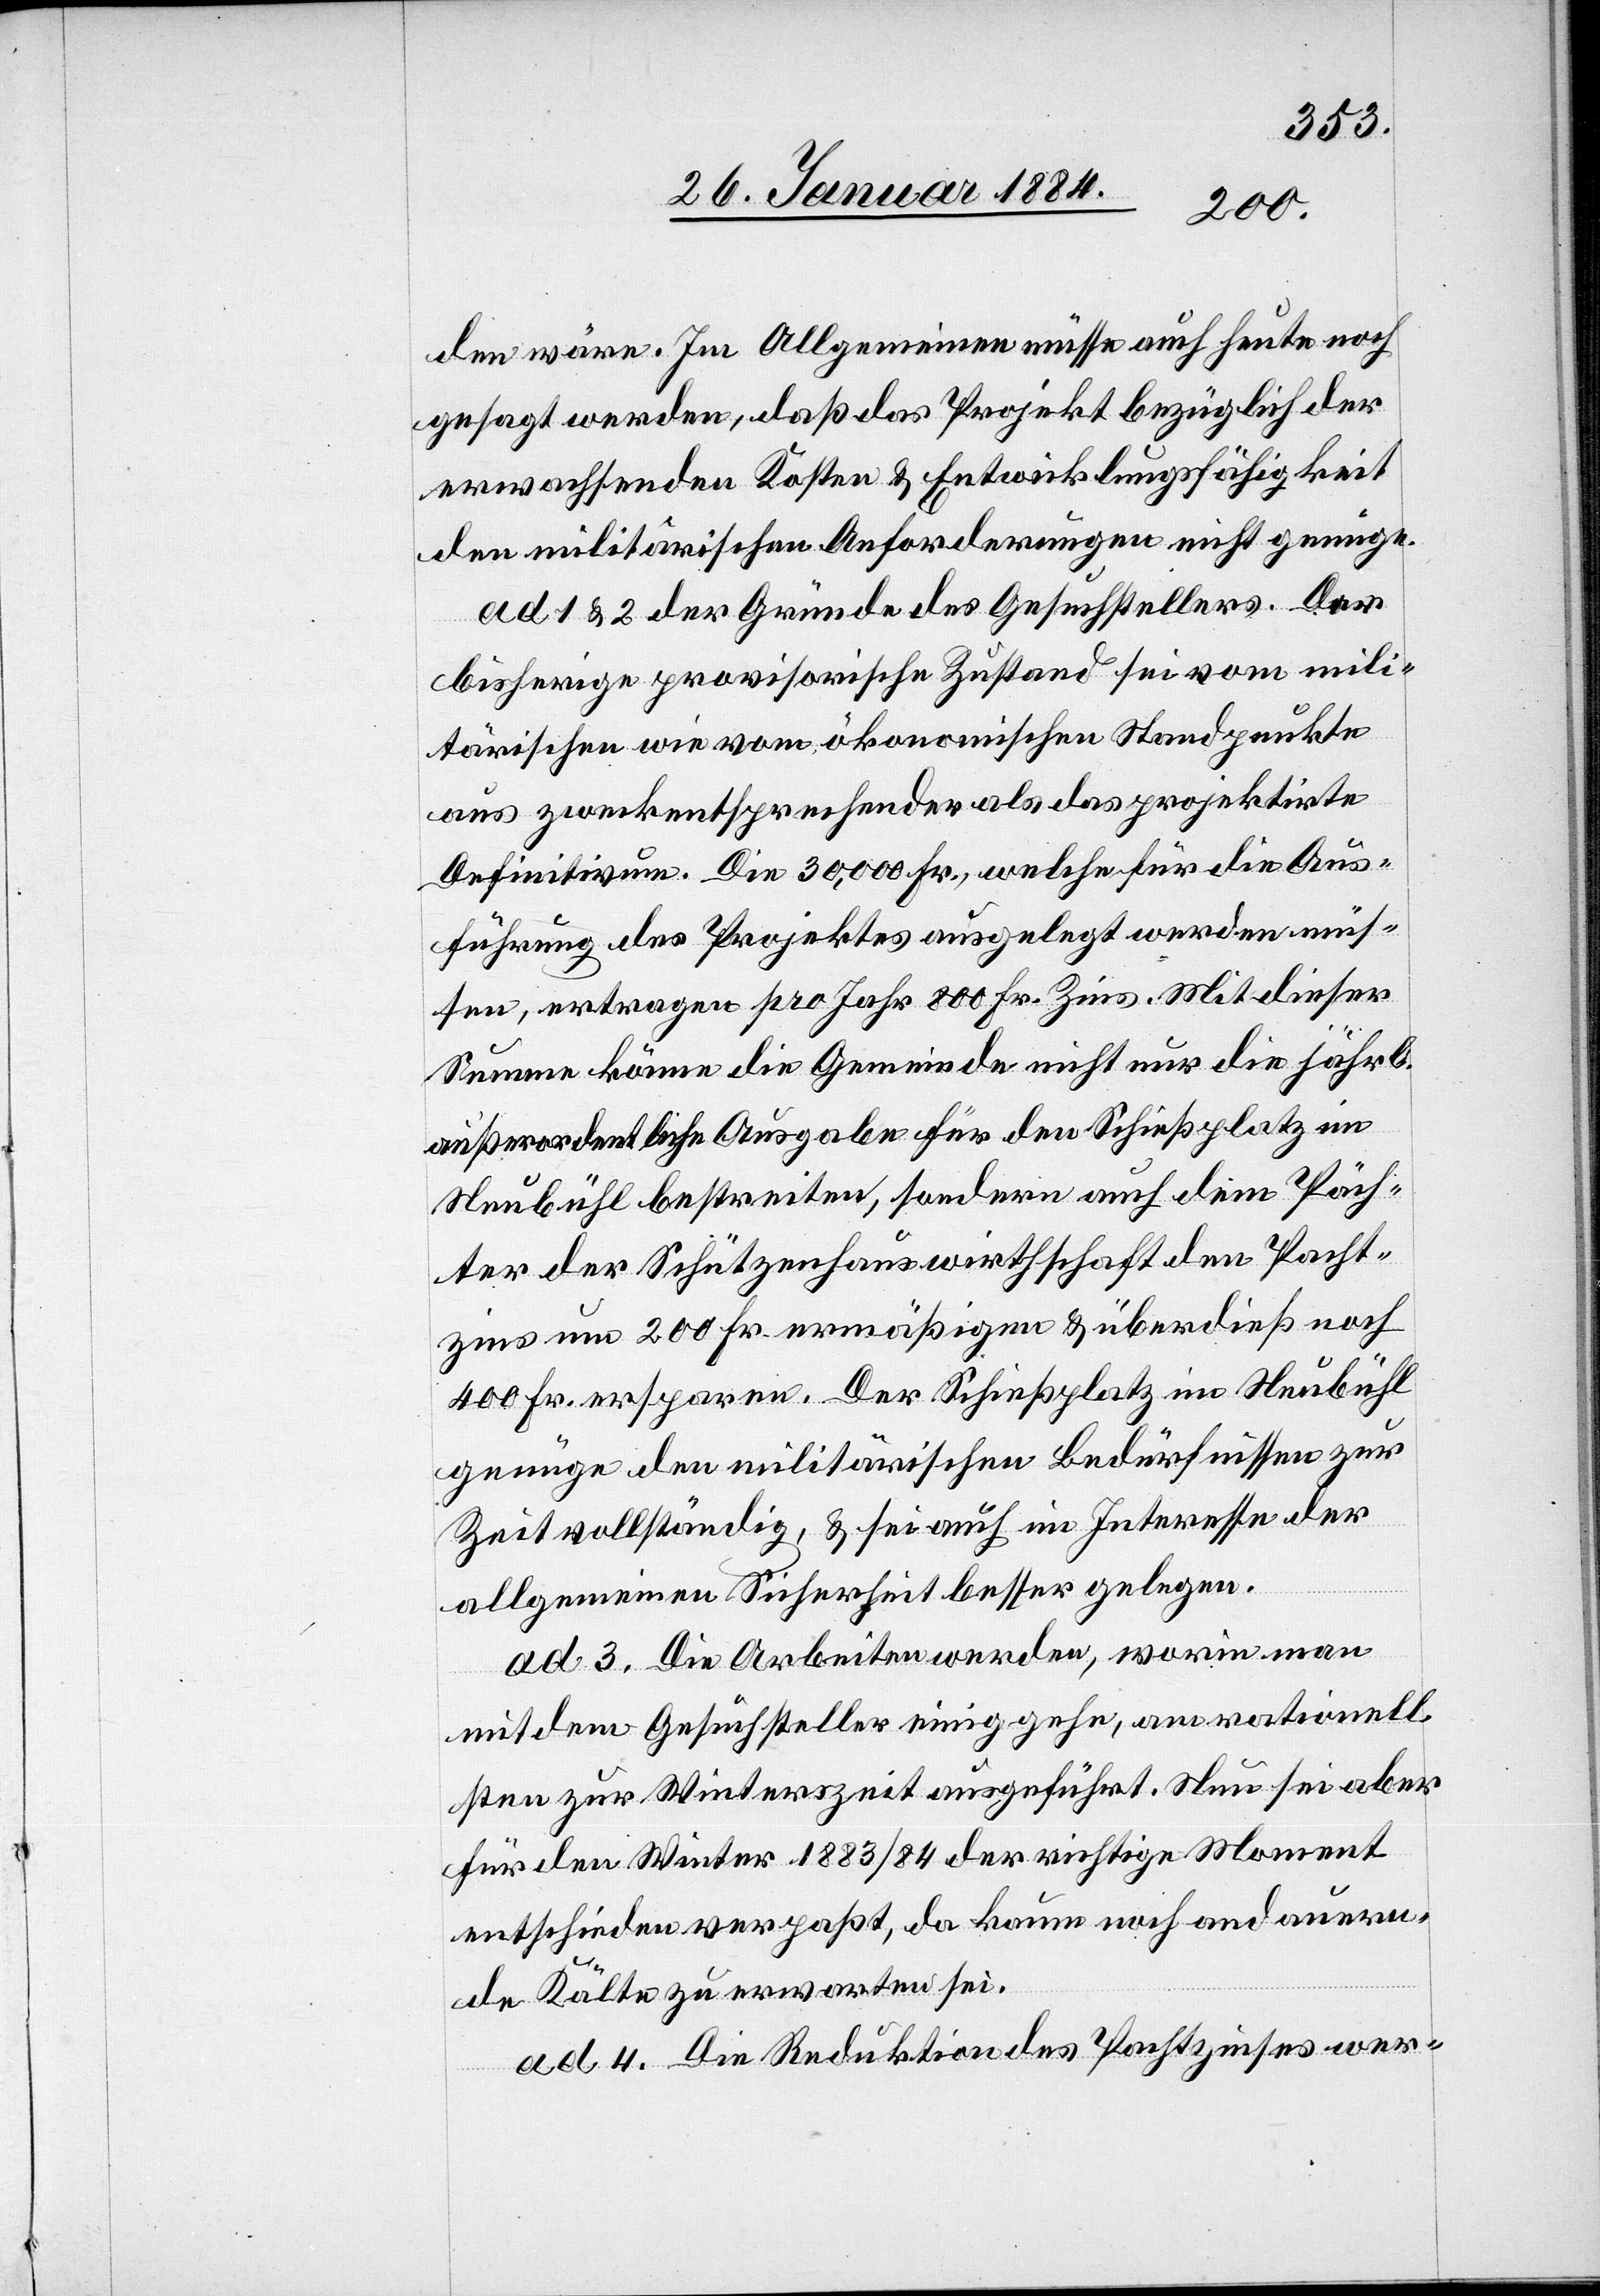
den wäre. Im Allgemeinen müsse auch heute noch
gesagt werden, daß das Projekt bezüglich der
erwachsenden Kosten & Entwicklungsfähigkeit
den militärischen Anforderungen nicht genüge.
Ad 1 & 2 der Gründe des Gesuchstellers. Der
bisherige provisorische Zustand sei vom mili¬
tärischen wie vom ökonomischen Standpunkte
aus zweckentsprechender als das projektirte
Definitivum. Die 30,000 Fr., welche für die Aus¬
führung des Projektes ausgelegt werden müs¬
sen, ertragen pro Jahr 800 Fr. Zins. Mit dieser
Summe könne die Gemeinde nicht nur die jährl.
außerordentliche Ausgabe für den Schießplatz im
Neubühl bestreiten, sondern auch dem Päch¬
ter der Schützenhauswirthschaft den Pacht¬
zins um 200 Fr. ermäßigen & überdieß noch
400 Fr. ersparen. Der Schießplatz im Neubühl
genüge den militärischen Bedürfnissen zur
Zeit vollständig, & sei auch im Interesse der
allgemeinen Sicherheit besser gelegen.
ad 3. Die Arbeiten werden, worin man
mit dem Gesuchsteller einig gehe, am rationell¬
sten zur Winterszeit ausgeführt. Nun sei aber
für den Winter 1883/84 der richtige Moment
entschieden vepaßt, da kaum noch andauern¬
de Kälte zu erwarten sei.
ad 4. Die Reduktion des Pachtzinses wer-